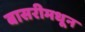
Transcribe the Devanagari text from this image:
बासरीमधून